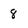
Character: 8